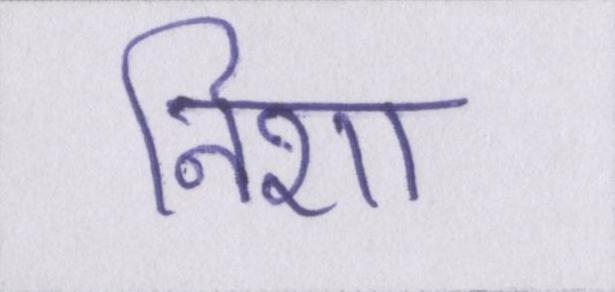
निशा